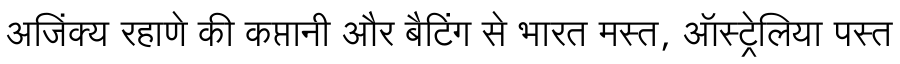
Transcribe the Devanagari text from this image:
अजिंक्य रहाणे की कप्तानी और बैटिंग से भारत मस्त, ऑस्ट्रेलिया पस्त